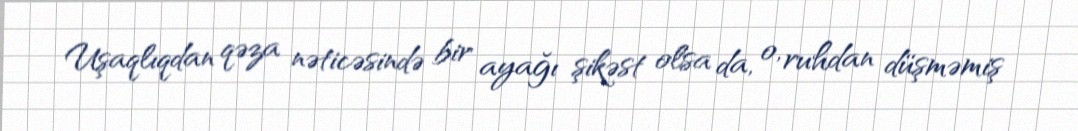
Uşaqlıqdan qəza nəticəsində bir ayağı şikəst olsa da, o, ruhdan düşməmiş